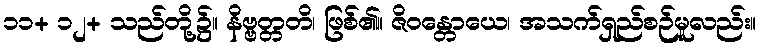
၁၁+ ၁၂+ သည်တို့၌။ နိဗ္ဗတ္တတိ၊ ဖြစ်၏။ ဇိဝန္တောယေ၊ အသက်ရှည်စဉ်မူလည်း။